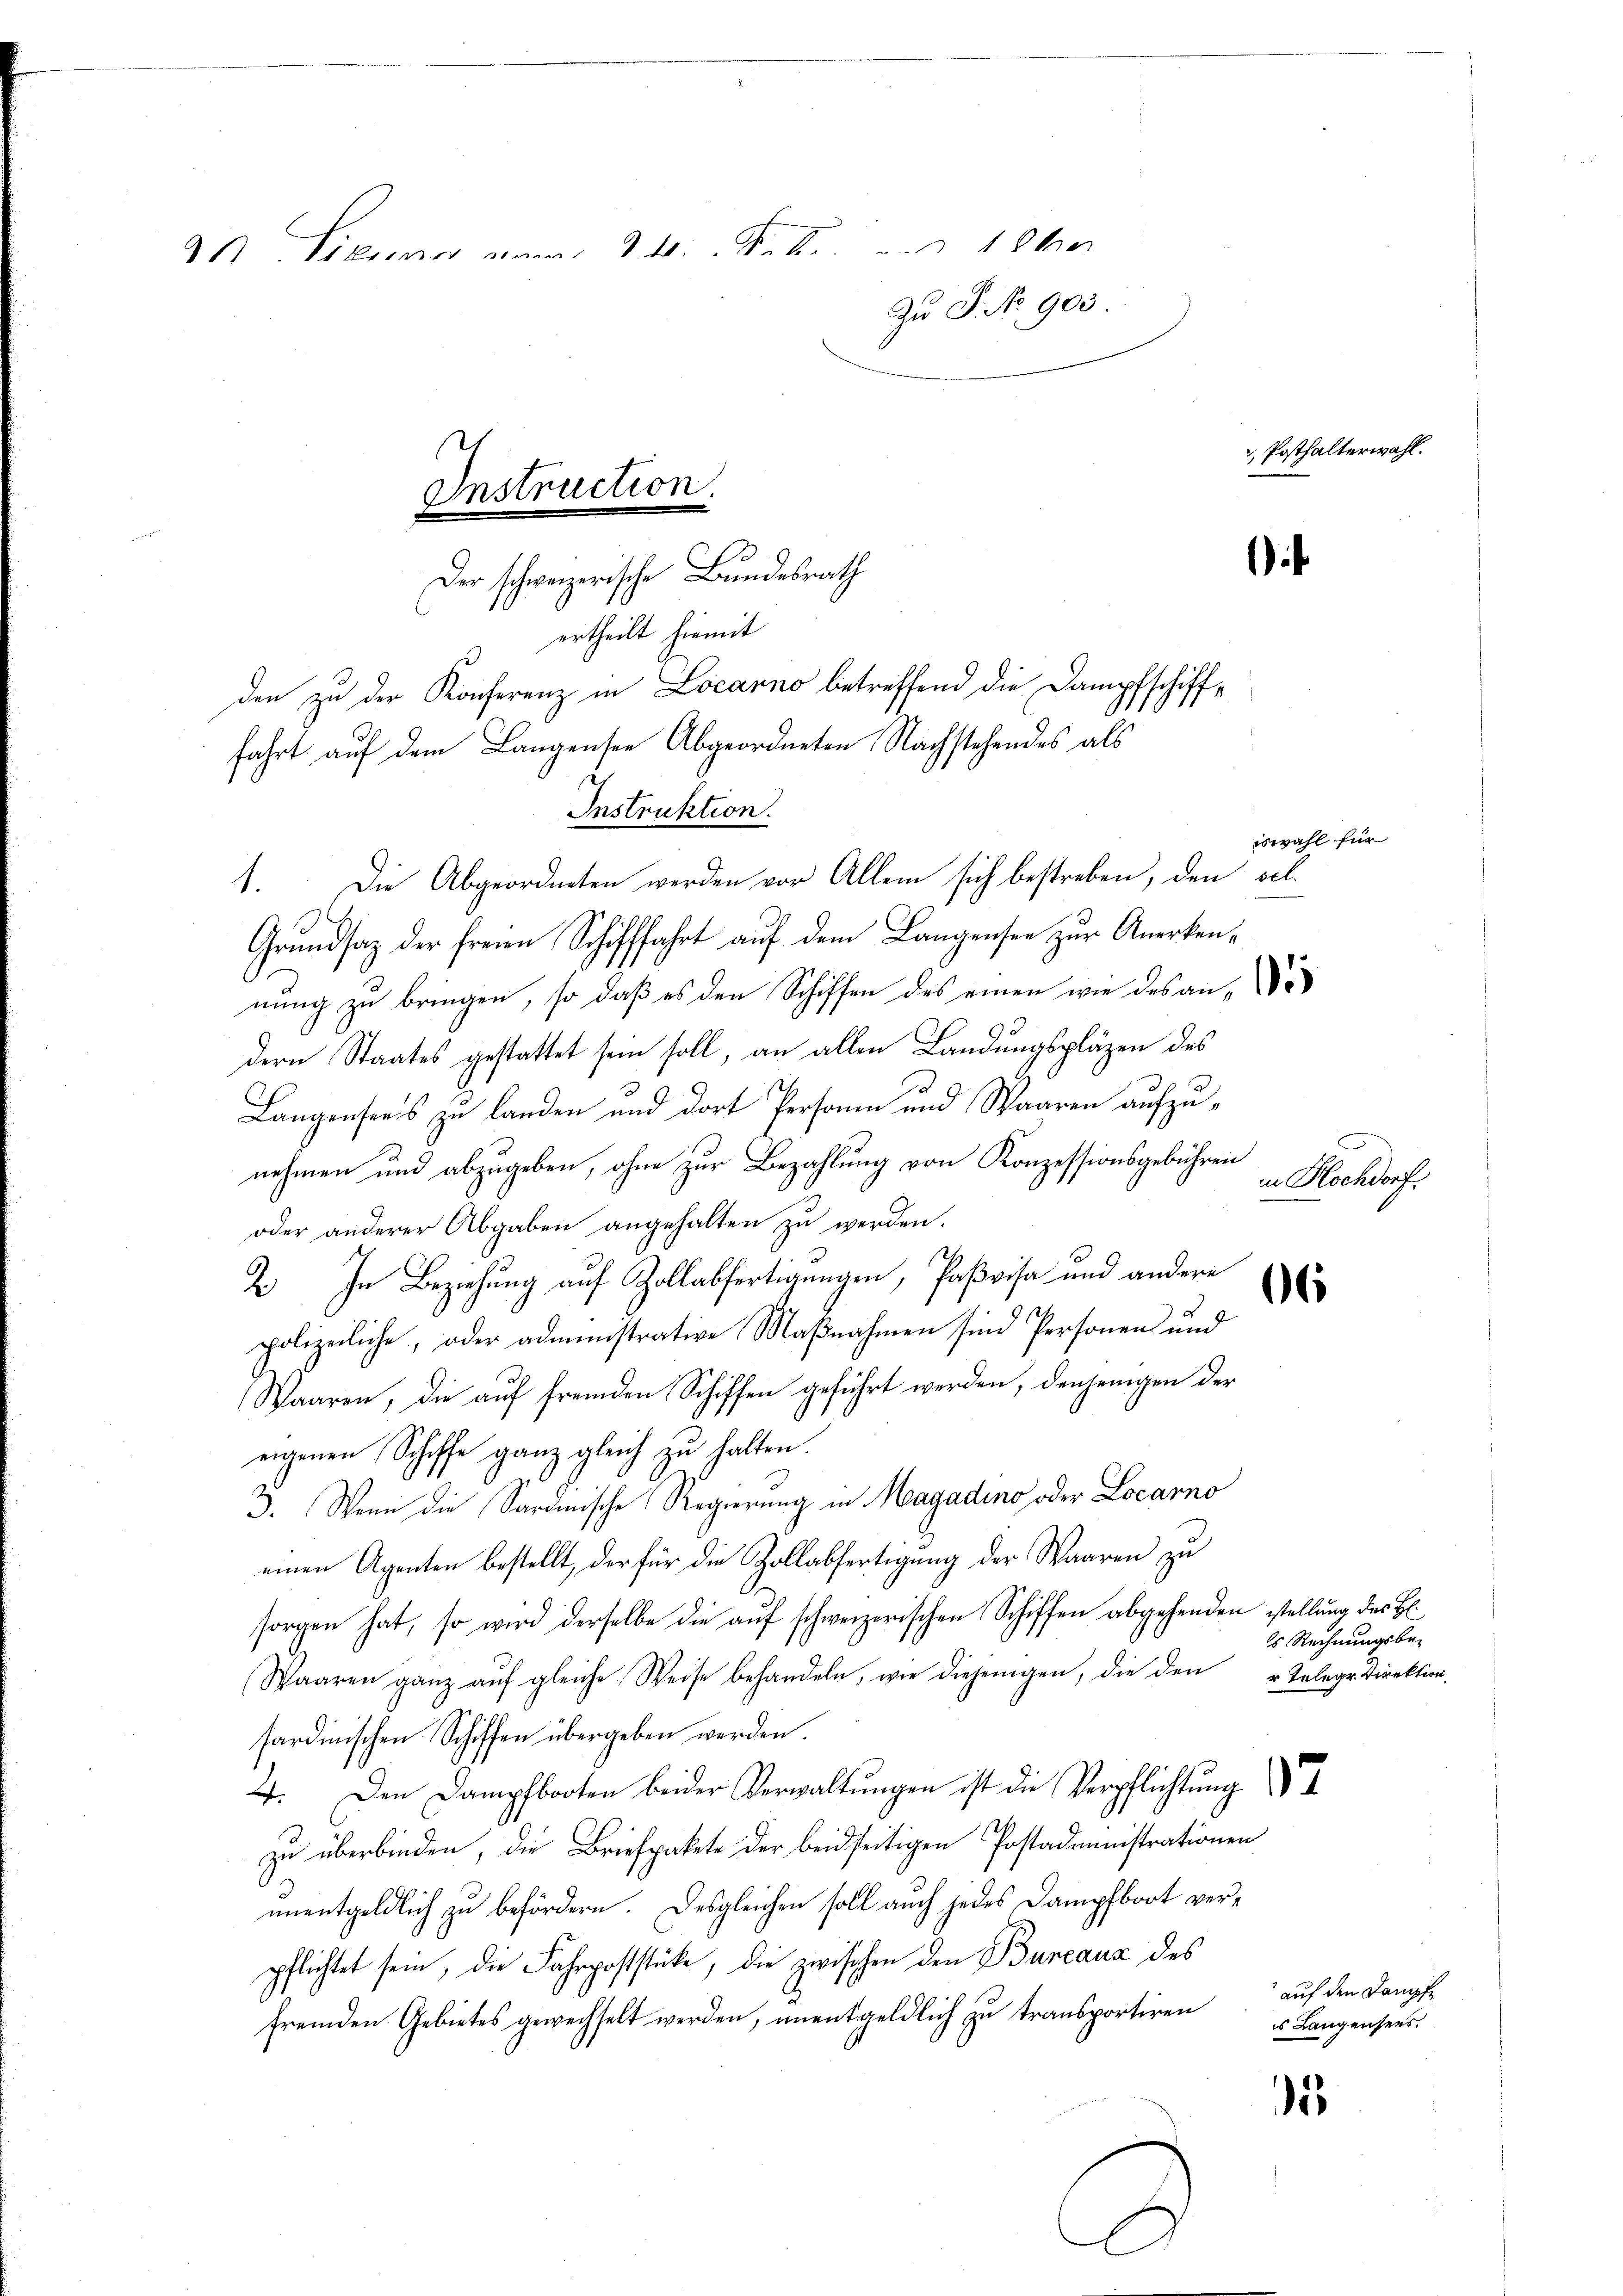
Pirmier einer hiebe und 10te
Zu P. No 903.
Instruction.
Der schweizerische Bundesrath

ertheilt hiemit
Grundsaz der freien Schifffahrt auf dem Langensee zur Anerkennung zu bringen, so daß es den Schiffen des einen wie des an,
dern Staates gestattet sein soll, an allen Landungspläzen des
Langensees zu landen und dort Personen und Waaren aufzunehmen und abzugeben, ohne zur Bezahlung von Konzessionsgebühren
oder anderer Abgaben angehalten zu werden.
2. In Beziehung auf Zollabfertigungen, Paßvisa und andere
polizeiliche, oder administrative Maßnahmen sind Personen und
Waaren, die auf fremden Schiffen geführt werden, denjenigen der
eigenen Schiffe ganz gleich zu halten.
3. Wenn die Sardinische Regierung in Magadino oder Locarno
einen Agenten bestellt, der für die Zollabfertigung der Waaren zu
sorgen hat, so wird derselbe die aŭf schweizerischen Schiffen abgehenden stellung des Hl.
Waaren ganz aŭf gleiche Weise behandeln, wie diejenigen, die den Telegr. direktion
sardinischen Schiffen übergeben werden.
4. Den Dampfbooten beider Verwaltungen ist die Verpflichtung
zu überbinden, die Briefpakete der beidseitigen Postadministrationen
unentgeldlich zu befördern. Desgleichen soll auch jedes Dampfboot verpflichtet sein, die Fahrpoststücke, die zwischen den Bureaux des
fremden Gebietes gewechselt werden, ŭnentgeldlich zŭ transportiren u Langensees.
5

Instruktion.
1. Die Abgeordneten werden vor Allem sich bestreben, den sel.

den zu der Konferenz in Locarno betreffend die Dampfschifffahrt auf dem Langensee Abgeordneten Nachstehendes als

Posthalterwahl.

i

iswahl für

6

in Hochdorf.

's Rechnungsbe-

auf den Dampfe